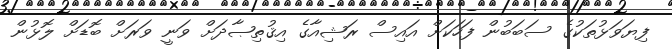
ފިޔަވަޅުތަކުގެ ސަބަބުން ފަހަކަށް އައިސް ރަޝިއާގެ އިޤުތިޞާދަށް ވަނީ ވަރަށް ބޮޑަށް ލޮޅުން